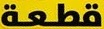
قطعة